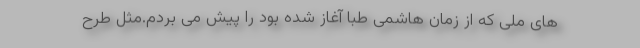
های ملی که از زمان هاشمی طبا آغاز شده بود را پیش می بردم.مثل طرح